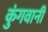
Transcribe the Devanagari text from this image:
कुंगवानी